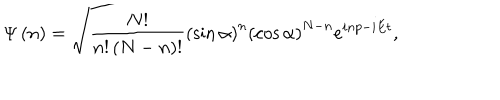
\Psi \left( n \right) = \sqrt { \frac { N ! } { n ! \left( N - n \right) ! } } \left( \sin \alpha \right) ^ { n } \left( \cos \alpha \right) ^ { N - n } e ^ { i n p - i E t } ,